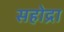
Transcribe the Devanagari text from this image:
सहोद्रा